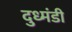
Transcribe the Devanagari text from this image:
दुध्मंडी